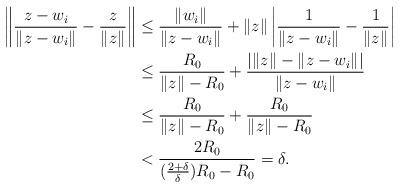
LaTeX: \begin{align*}\left\| \frac{z-w_i}{\|z-w_i\|} - \frac{z}{\|z\|} \right\| &\le \frac{\|w_i\|}{\|z-w_i\|} + \|z\| \left| \frac{1}{\|z-w_i\|}- \frac{1}{\|z\|} \right| \\ &\le \frac{R_0}{\|z\|-R_0} + \frac{| \|z\| - \|z-w_i\| |}{\|z-w_i\|} \\&\le \frac{R_0}{\|z\|-R_0} + \frac{R_0}{\|z\|-R_0} \\&< \frac{2R_0}{(\frac{2+\delta}{\delta})R_0-R_0} = \delta.\end{align*}